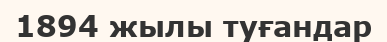
1894 жылы туғандар